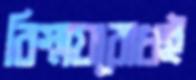
বিস্ময়বোধই